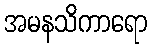
အမနသိကာရော